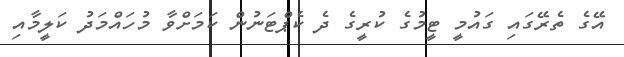
އޭގެ ތެރޭގައި ގައުމީ ޓީމުގެ ކުރީގެ ދެ ކެޕްޓަނުން ކަމަށްވާ މުހައްމަދު ކަލީމާއި